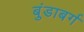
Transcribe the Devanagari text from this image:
बुंडाबर्ग